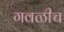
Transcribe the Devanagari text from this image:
गवळीच